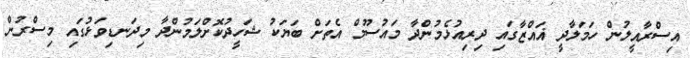
އިސްރާއީލުން ހަމަލާދީ ޣައްޒާގައި ދިރިއުޅެމުންދާ މައުސޫމް އެތަށް ބަޔަކު ޝަހީދުކޮށްލަމުންދާ މިދަނޑިވަޅުގައި މިސްރުން